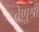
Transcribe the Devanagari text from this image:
वेणुश्री